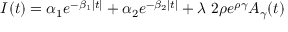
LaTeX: { \cal I } ( t ) = \alpha _ { 1 } e ^ { - \beta _ { 1 } | t | } + \alpha _ { 2 } e ^ { - \beta _ { 2 } | t | } + \lambda ~ 2 \rho e ^ { \rho \gamma } A _ { \gamma } ( t )